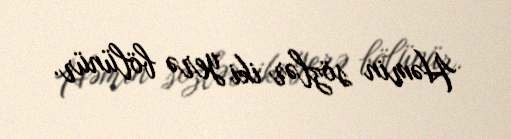
Həmin sözlər iki yerə bölünür.